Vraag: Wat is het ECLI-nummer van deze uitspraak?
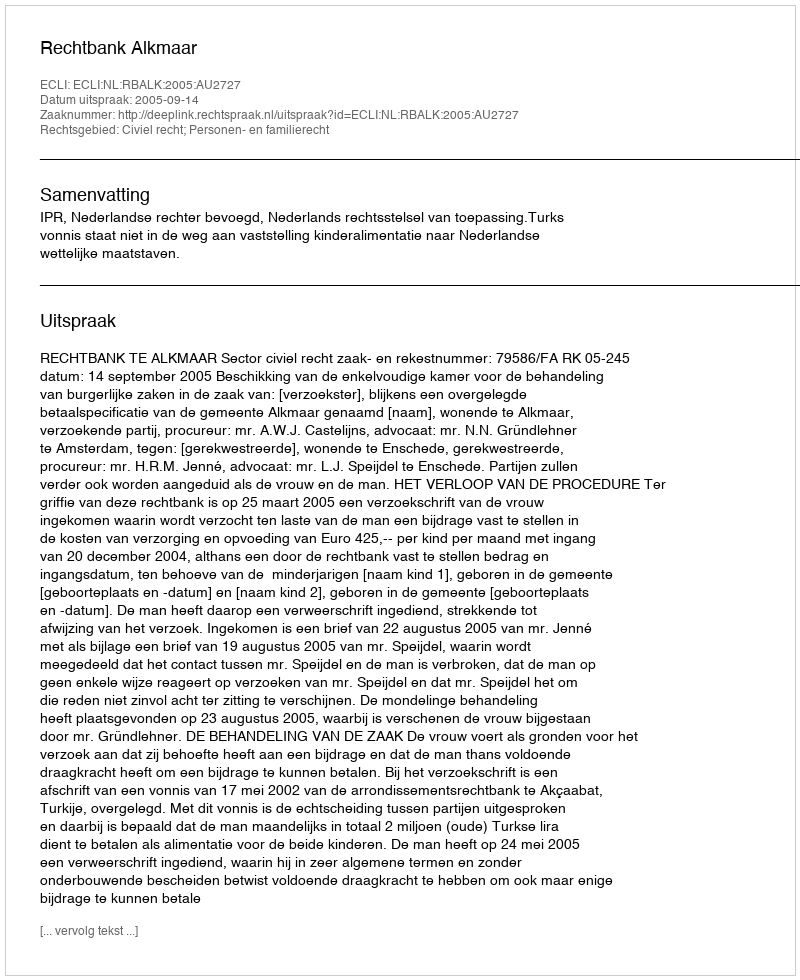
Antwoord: ECLI:NL:RBALK:2005:AU2727